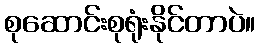
စုဆောင်းစုရုံးနိုင်တာပဲ။